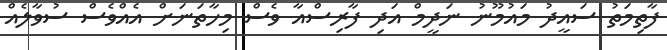
ފާތިމަތު ސައީދު މައުމޫނު ނަދީމް އަދި ފާރިސްއާ ވެސް މިހާތަނަށް އެއްވެސް ސުވާލެއް